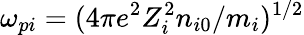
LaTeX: \omega_{pi}=(4\pi e^{2}Z_{i}^{2}n_{i0}/m_{i})^{1/2}